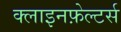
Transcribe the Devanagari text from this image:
क्लाइनफ़ेल्टर्स